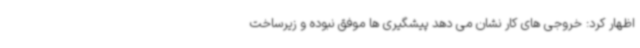
اظهار کرد: خروجی های کار نشان می دهد پیشگیری ها موفق نبوده و زیرساخت